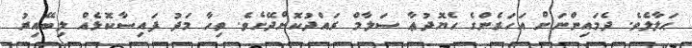
ޙަލާލެވެ. ދެމައިންނަށް އަހަރެންގެ ހެޔޮދުޢާ ސަލާމް ރައްދުކޮށްދޭށެވެ. ތިހާ މަދު ފައިސާކޮޅެއް ލިބޭއިރު